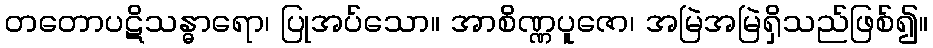
တတောပဋိသန္ဓာရော၊ ပြုအပ်သော။ အာစိဏ္ဏပူဇော၊ အမြဲအမြဲရှိသည်ဖြစ်၍။